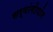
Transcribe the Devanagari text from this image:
सर्वांगोपांग